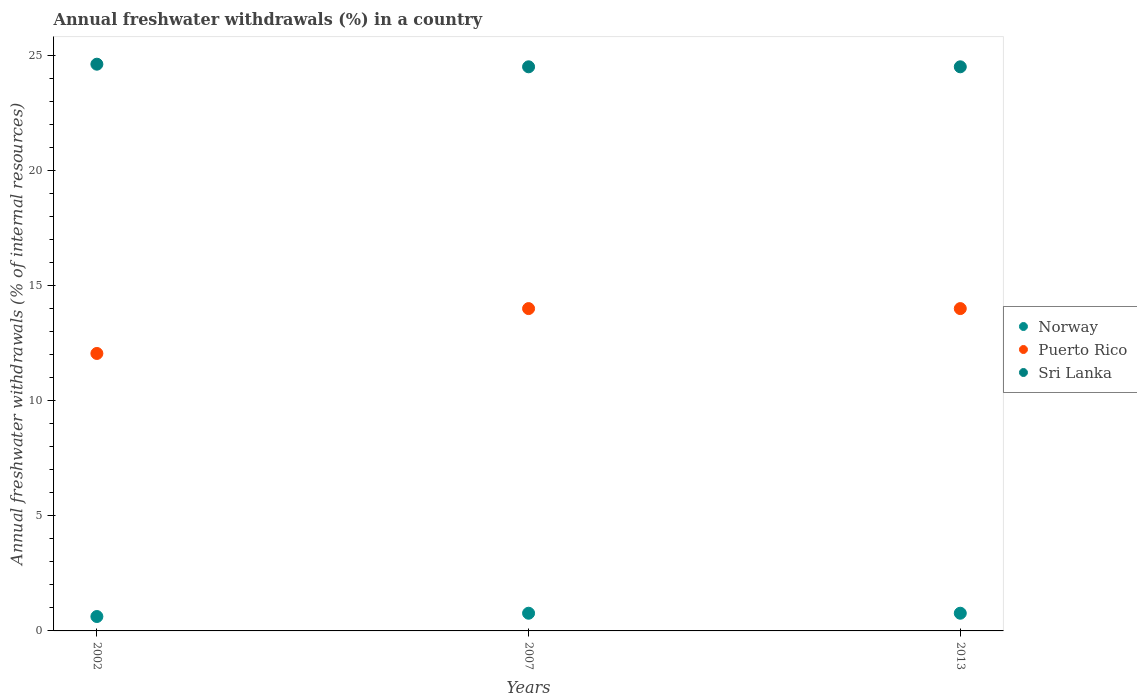
| Years | Norway | Puerto Rico | Sri Lanka |
 | --- | --- | --- | --- |
 | 2002 | 0.626 | 12.1 | 24.6 |
 | 2007 | 0.769 | 14 | 24.5 |
 | 2013 | 0.769 | 14 | 24.5 |